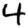
Digit: 4